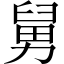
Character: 舅